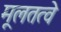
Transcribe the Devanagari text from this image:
मूलतत्वे